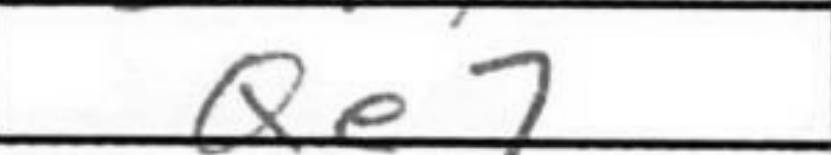
Transcription: Qe7